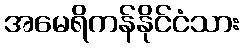
အမေရိကန်နိုင်ငံသား